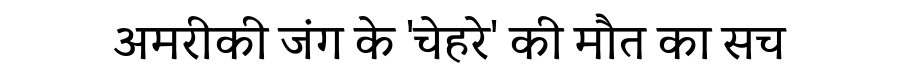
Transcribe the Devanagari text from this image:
अमरीकी जंग के 'चेहरे' की मौत का सच